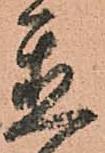
置